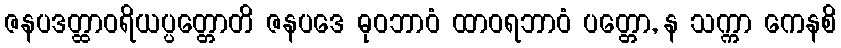
ဇနပဒတ္ထာဝရိယပ္ပတ္တောတိ ဇနပဒေ ဓုဝဘာဝံ ထာဝရဘာဝံ ပတ္တော, န သက္ကာ ကေနစိ